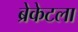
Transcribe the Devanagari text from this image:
ब्रेकेटला